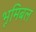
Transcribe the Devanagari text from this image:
भूमिबल